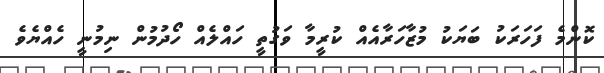
ކޮންމެ ފަހަރަކު ބަޔަކު މުޒާހަރާއެއް ކުރީމާ ވަގުތީ ހައްލެއް ހޯދުމުން ނިމުނީ ހެއްޔެވެ